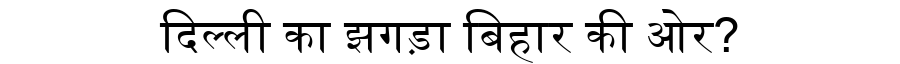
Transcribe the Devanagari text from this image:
दिल्ली का झगड़ा बिहार की ओर?